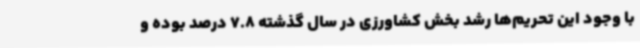
با وجود این تحریم‌ها رشد بخش کشاورزی در سال گذشته 7.8 درصد بوده و